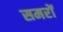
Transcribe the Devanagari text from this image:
समरों